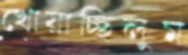
খোয়াচ্ছিলুম